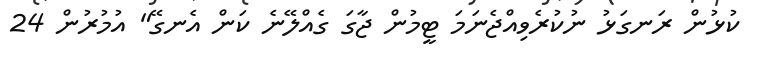
ކުޅުން ރަނގަޅު ނުކުރެވިއްޖެނަމަ ޓީމުން ޖާގަ ގެއްލޭނެ ކަން އެނގޭ" އުމުރުން 24